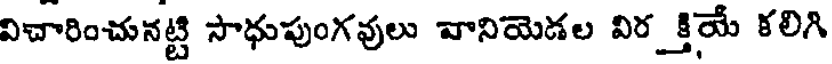
విచారించునట్టి సాధుపుంగవులు వానియెడల విర_క్తియే కలిగి